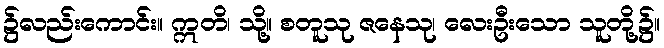
၌လည်းကောင်း။ ဣတိ၊ သို့။ စတူသု ဇနေသု၊ လေးဦးသော သူတို့၌။